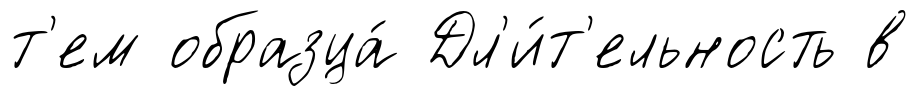
т'ем образца́ Дл'и́т'ельность в